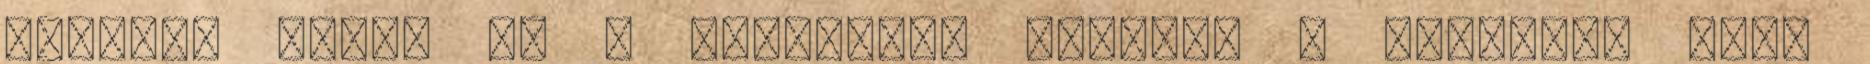
Szerzői jogok Mi a nehezebb? Átúszni a Balatont vagy